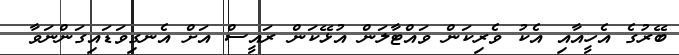
ބޭރުގެ އެހީއާއި އެކު ވެރިކަން ވައްޓާލަން އުޅޭކަން ރައީސް އަށް އެނގިވަޑައިގަންނަވާ